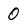
Character: 0